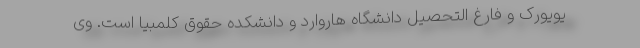
یویورک و فارغ التحصیل دانشگاه هاروارد و دانشکده حقوق کلمبیا است. وی